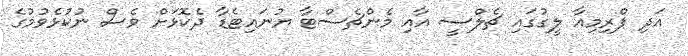
އަދި ޕްރިމިއާ ލީގުގައި ޗެލްސީ އާއި މެންޗެސްޓާ ޔުނައިޓެޑާ ދެކޮޅަށް ވެސް ނުކުޅެވުމުގެ